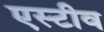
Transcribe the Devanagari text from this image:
एस्टीव